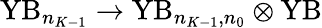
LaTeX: \mathrm{YB}_{n_{K-1}}\rightarrow\mathrm{YB}_{n_{K-1},n_{0}}\otimes\mathrm{YB}